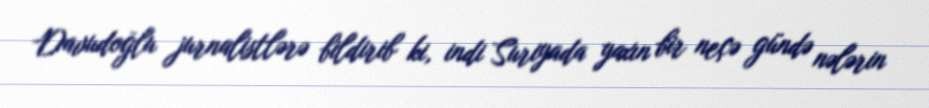
Davudoğlu jurnalistlərə bildirib ki, indi Suriyada yaxın bir neçə gündə nələrin